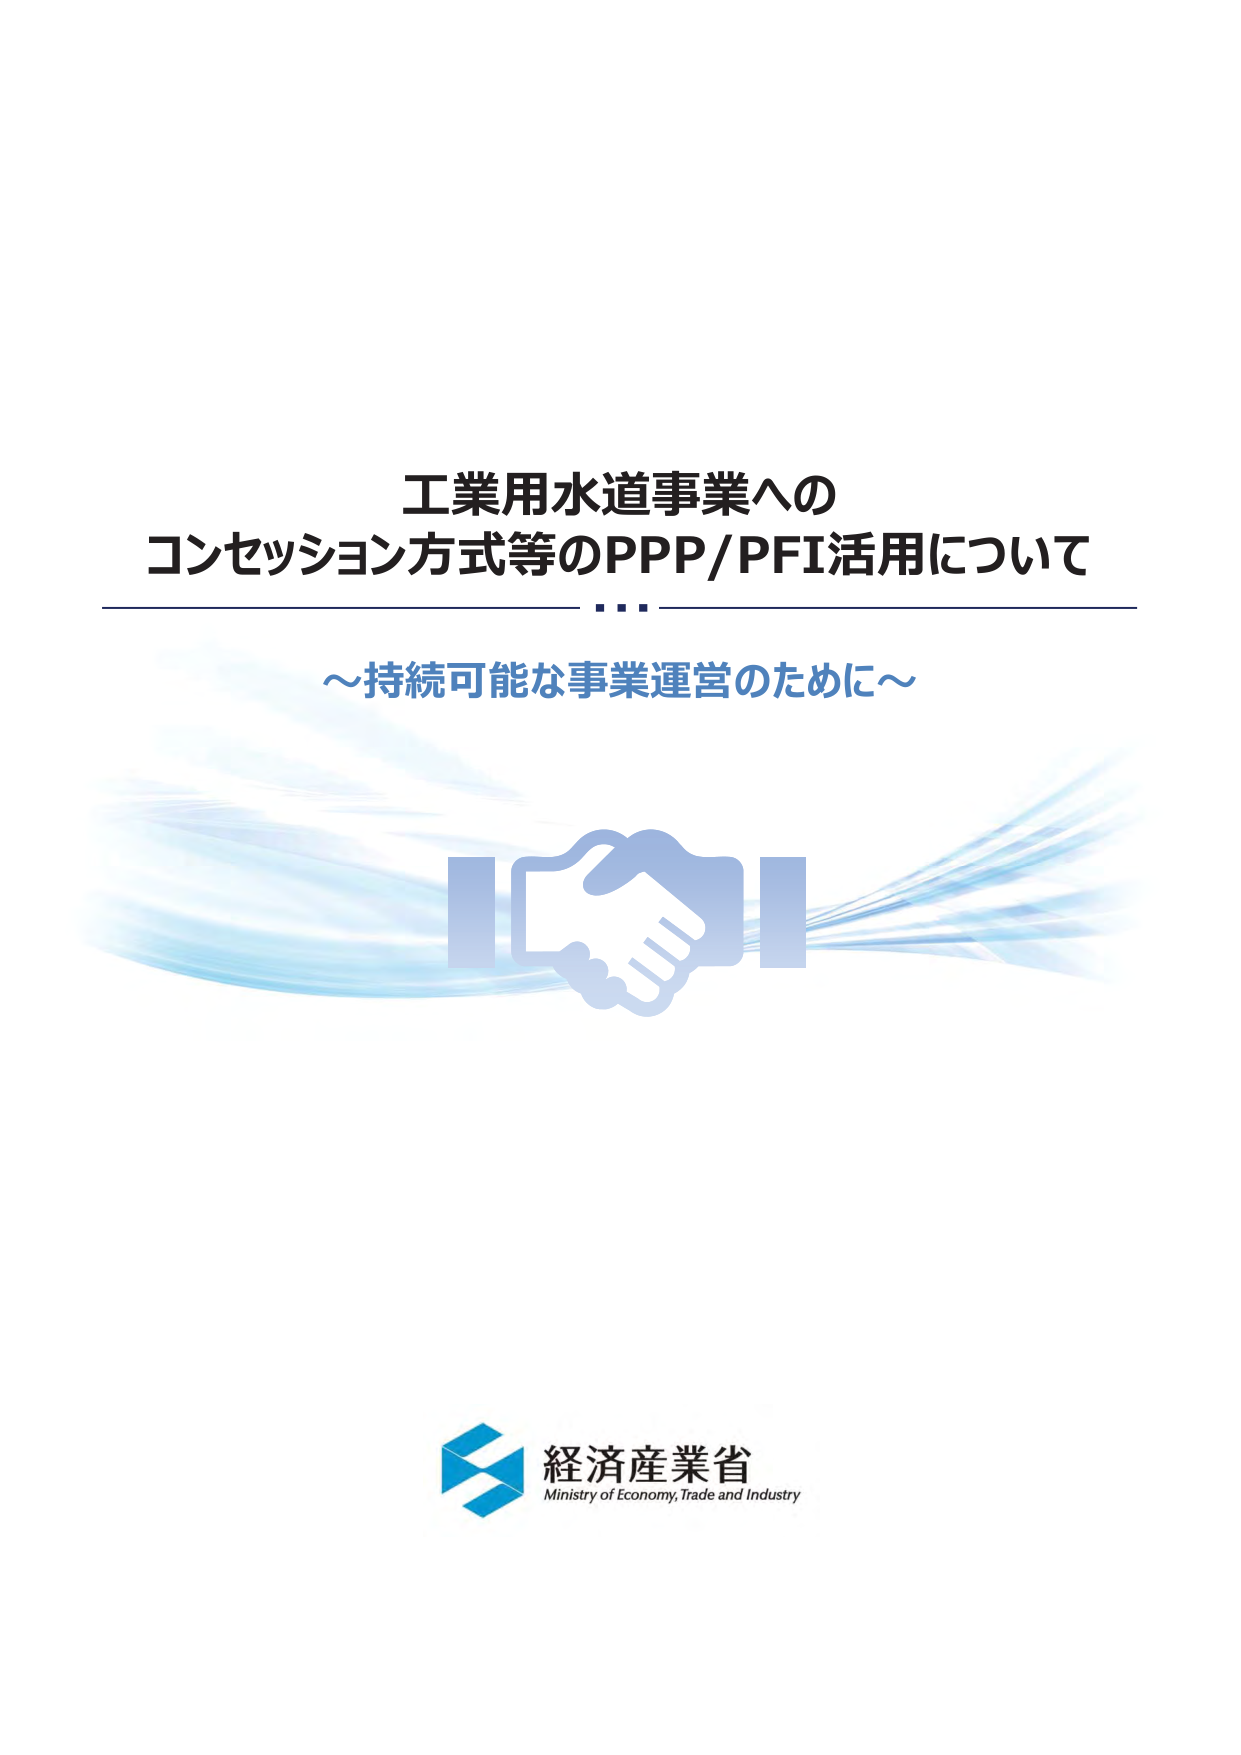
工業用水道事業への
コンセッション方式等のPPP/PFI活用について
～持続可能な事業運営のために～
経済産業省
Ministry of Economy, Trade and Industry